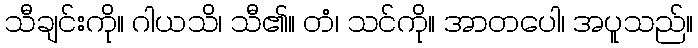
သီချင်းကို။ ဂါယသိ၊ သီ၏။ တံ၊ သင်ကို။ အာတပေါ၊ အပူသည်။